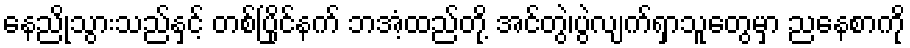
နေညိုသွားသည်နှင့် တစ်ပြိုင်နက် ဘအံ့ထည်တို့ အင်တွဲ၊ပွဲလျက်ရှာသူတွေမှာ ညနေစာကို